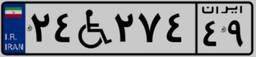
۲۴W۲۷۴۴۹